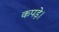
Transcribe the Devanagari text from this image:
कपड़े।